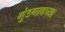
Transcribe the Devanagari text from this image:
मुंडगावच्या